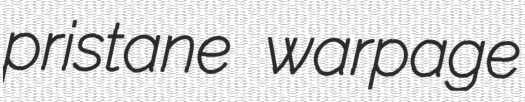
pristane warpage